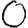
Digit: 0